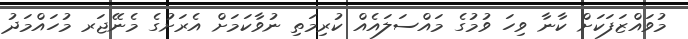
މުވައްޒަފަކަށް ކާނާ ވިހަ ވުމުގެ މައްސަލައެއް ކުރިމަތި ނުވާކަމަށް އެރަށުގެ މެނޭޖަރ މުހައްމަދު